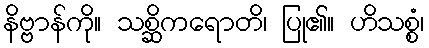
နိဗ္ဗာန်ကို။ သစ္ဆိကရောတိ၊ ပြု၏။ ဟိသစ္စံ၊